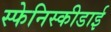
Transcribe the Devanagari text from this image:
स्फेनिस्कीडाई